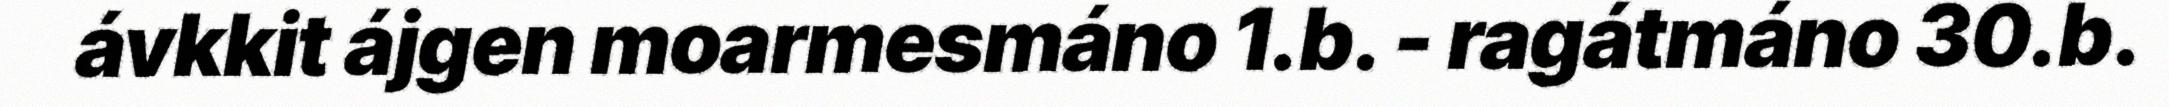
ávkkit ájgen moarmesmáno 1.b. - ragátmáno 30.b.